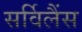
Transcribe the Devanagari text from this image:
सर्विलैंस